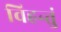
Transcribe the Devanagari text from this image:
विहन्तुं